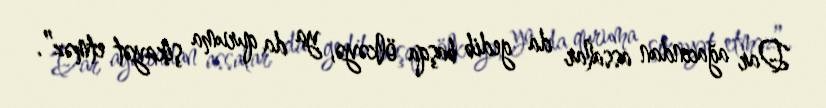
Dar ağacından assalar da gedib başqa ölkəyə, ya da quruma şikayət etməz”.